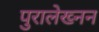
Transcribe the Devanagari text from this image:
पुरालेख्नन